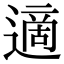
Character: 適